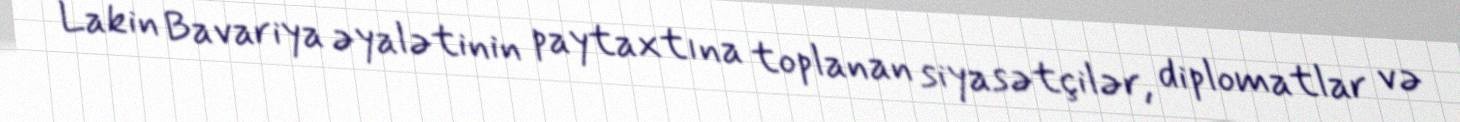
Lakin Bavariya əyalətinin paytaxtına toplanan siyasətçilər, diplomatlar və